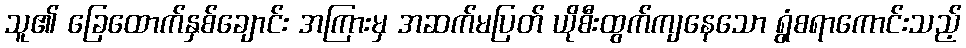
သူ၏ ခြေထောက်နှစ်ချောင်း အကြားမှ အဆက်မပြတ် ယိုစီးထွက်ကျနေသော ရွံစရာကောင်းသည့်